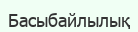
Басыбайлылық